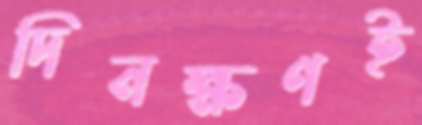
দিনক্ষণই